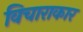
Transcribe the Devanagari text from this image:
विचाराकार